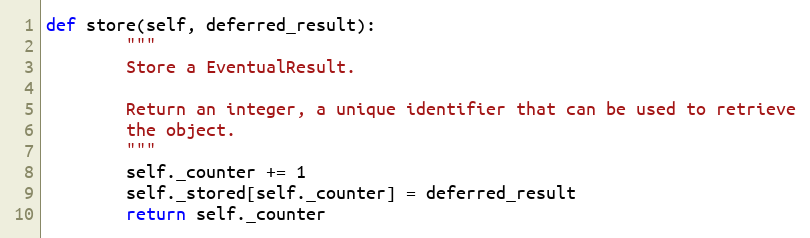
Language: Python
def store(self, deferred_result):
        """
        Store a EventualResult.

        Return an integer, a unique identifier that can be used to retrieve
        the object.
        """
        self._counter += 1
        self._stored[self._counter] = deferred_result
        return self._counter